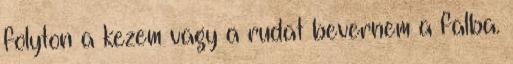
folyton a kezem vagy a rudat bevernem a falba.